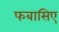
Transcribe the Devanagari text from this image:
फबासिए